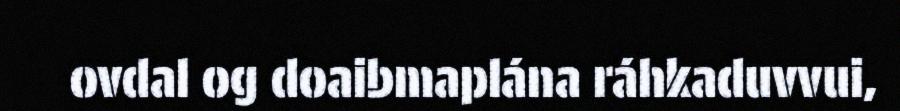
ovdal og doaibmaplána ráhkaduvvui,